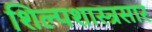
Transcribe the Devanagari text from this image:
शिल्पशास्त्रसार